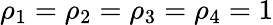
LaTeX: \rho_{1}=\rho_{2}=\rho_{3}=\rho_{4}=1